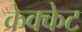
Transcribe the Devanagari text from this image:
क्रेक्केट